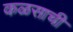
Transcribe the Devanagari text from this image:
कळसाची